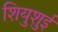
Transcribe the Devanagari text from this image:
शियुशुई